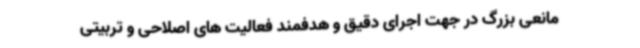
مانعی بزرگ در جهت اجرای دقیق و هدفمند فعالیت های اصلاحی و تربیتی